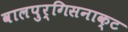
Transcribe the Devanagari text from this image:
वालपुर्गिसनाक्ट